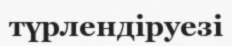
түрлендіруезі